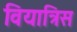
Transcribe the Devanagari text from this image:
वियात्रिस